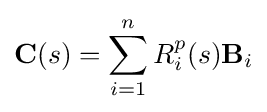
{\textbf {C}}(s)=\sum _{i=1}^{n}R_{i}^{p}(s){\textbf {B}}_{i}